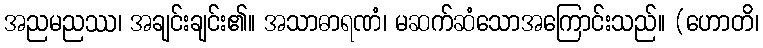
အညမညဿ၊ အချင်းချင်း၏။ အသာဓာရဏံ၊ မဆက်ဆံသောအကြောင်းသည်။ (ဟောတိ၊